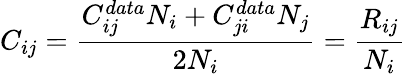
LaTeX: C_{ij}=\frac{C_{ij}^{data}N_{i}+C_{ji}^{data}N_{j}}{2N_{i}}=\frac{R_{ij}}{N_{i}}